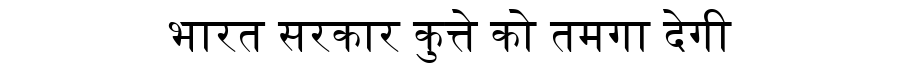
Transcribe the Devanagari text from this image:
भारत सरकार कुत्ते को तमगा देगी